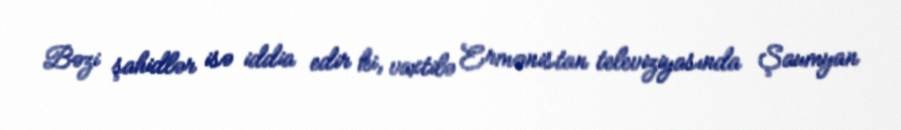
Bəzi şahidlər isə iddia edir ki, vaxtilə Ermənistan televiziyasında Şaumyan